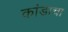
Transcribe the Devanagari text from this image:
कांडाचा